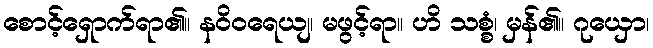
စောင့်ရှောက်ရာ၏။ နဝိဝရေယျ၊ မဖွင့်ရာ။ ဟိ သစ္စံ၊ မှန်၏။ ဂုယှော၊